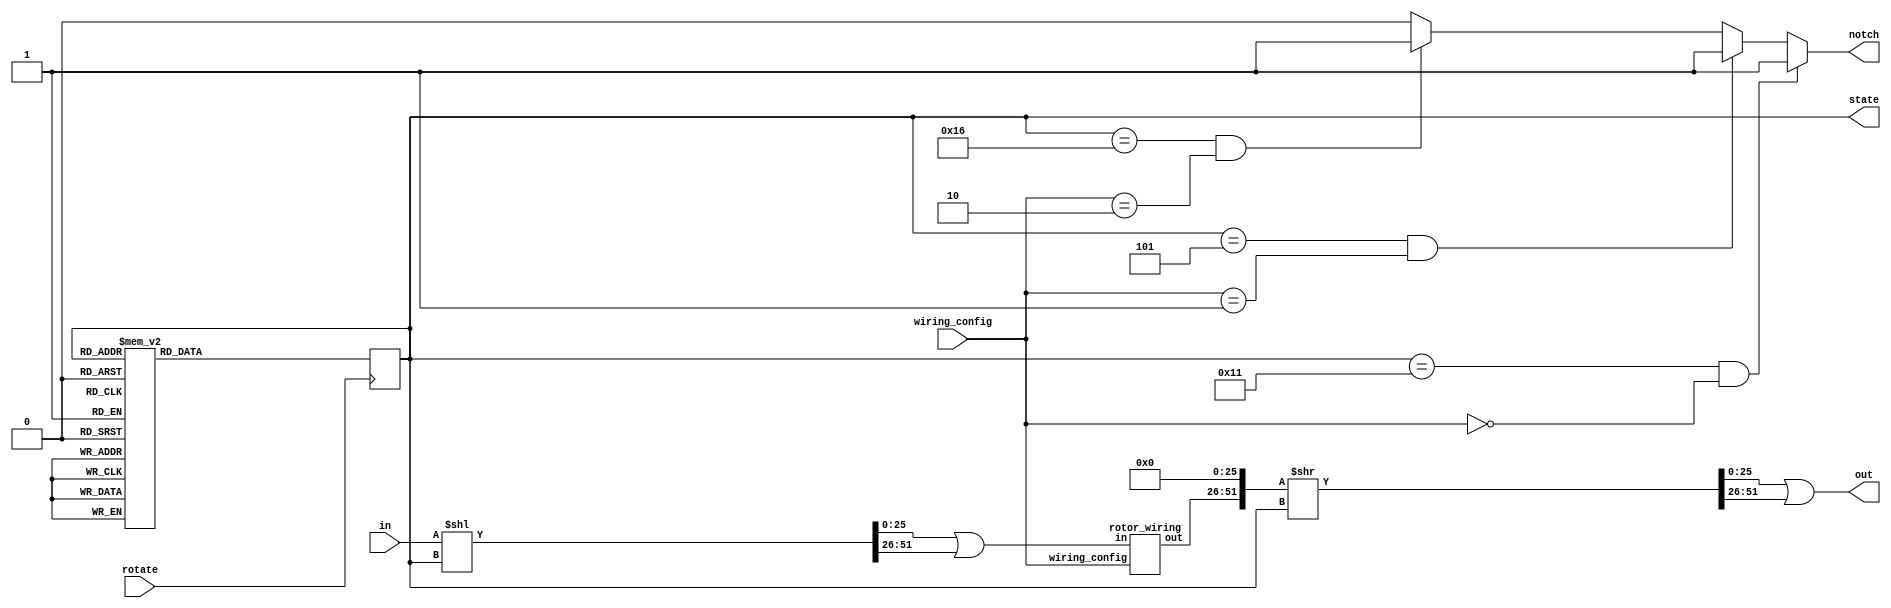
module rotor (in, out, rotate, notch, wiring_config, state);
	input wire [25:0]in;
	input [2:0]wiring_config; // Rotor I: 000, Rotor II: 001, Rotor III: 010, No Encryption: 011. 1xx for reverse
	input rotate;
	output reg notch;
	output wire [25:0]out;
	output [4:0]state;

	localparam A = 5'd0, B = 5'd1, C = 5'd2, D = 5'd3, E = 5'd4, F = 5'd5, G = 5'd6, H = 5'd7, I = 5'd8, J = 5'd9, K = 5'd10, L = 5'd11, M = 5'd12, N = 5'd13, 
			O = 5'd14, P = 5'd15, Q = 5'd16, R = 5'd17, S = 5'd18, T = 5'd19, U = 5'd20, V = 5'd21, W = 5'd22, X = 5'd23, Y = 5'd24, Z = 5'd25;

	reg [4:0]curr_position;
	wire [51:0]offseti;
	wire [51:0]offseto;
	wire [25:0]out2;
	assign offseti = ({26'b0,in[25:0]} << curr_position);
	assign offseto = {out2[25:0],26'b0} >> curr_position;
	assign out[25:0] = (offseto[25:0] | offseto[51:26]);
	assign state = curr_position;

	initial begin
		notch <= 0;
		curr_position <= A;
	end

	rotor_wiring w1(.in(offseti[25:0] | offseti[51:26]), .out(out2[25:0]), .wiring_config(wiring_config[2:0]));

	always @(posedge rotate) // Rotational position of the rotor, not to be confused with ringsetting. 
	begin: state_table
		case(curr_position)
		A: curr_position = B;
		B: curr_position = C;
		C: curr_position = D;
		D: curr_position = E;
		E: curr_position = F;
		F: curr_position = G;
		G: curr_position = H;
		H: curr_position = I;
		I: curr_position = J;
		J: curr_position = K;
		K: curr_position = L;
		L: curr_position = M;
		M: curr_position = N;
		N: curr_position = O;
		O: curr_position = P;
		P: curr_position = Q;
		Q: curr_position = R;
		R: curr_position = S;
		S: curr_position = T;
		T: curr_position = U;
		U: curr_position = V;
		V: curr_position = W;
		W: curr_position = X;
		X: curr_position = Y;
		Y: curr_position = Z;
		Z: curr_position = A;
		default: curr_position = A;
		endcase
	end

	always @(*) // Notch for next rotor's turnover, based on rotor#
	begin
		if (curr_position == R && wiring_config == 3'b000)
			notch <= 1;
		else if (curr_position == F && wiring_config == 3'b001)
			notch <= 1;
		else if (curr_position == W && wiring_config == 3'b010)
			notch <= 1;
		else
			notch <= 0;
	end	
endmodule



module rotor_wiring (in, out, wiring_config);
	input wire [25:0]in;
	input [2:0]wiring_config; 
	output wire [25:0]out;

	localparam I = 3'b000, II = 3'b001, III = 3'b010, rI = 3'b100, rII = 3'b101, rIII = 3'b110;

	assign out[0] = wiring_config == I ? in[20] : wiring_config == II ? in[0] : wiring_config == III ? in[19] : wiring_config == rI ? in[4] : wiring_config == rII ? in[0] : wiring_config == rIII ? in[1] : in[0];
	assign out[1] = wiring_config == I ? in[22] : wiring_config == II ? in[9] : wiring_config == III ? in[0] : wiring_config == rI ? in[10] : wiring_config == rII ? in[9] : wiring_config == rIII ? in[3] : in[1];
	assign out[2] = wiring_config == I ? in[24] : wiring_config == II ? in[15] : wiring_config == III ? in[6] : wiring_config == rI ? in[12] : wiring_config == rII ? in[3] : wiring_config == rIII ? in[5] : in[2];
	assign out[3] = wiring_config == I ? in[6] : wiring_config == II ? in[2] : wiring_config == III ? in[1] : wiring_config == rI ? in[5] : wiring_config == rII ? in[10] : wiring_config == rIII ? in[7] : in[3];
	assign out[4] = wiring_config == I ? in[0] : wiring_config == II ? in[25] : wiring_config == III ? in[15] : wiring_config == rI ? in[11] : wiring_config == rII ? in[18] : wiring_config == rIII ? in[9] : in[4];
	assign out[5] = wiring_config == I ? in[3] : wiring_config == II ? in[22] : wiring_config == III ? in[2] : wiring_config == rI ? in[6] : wiring_config == rII ? in[8] : wiring_config == rIII ? in[11] : in[5];
	assign out[6] = wiring_config == I ? in[5] : wiring_config == II ? in[17] : wiring_config == III ? in[18] : wiring_config == rI ? in[3] : wiring_config == rII ? in[17] : wiring_config == rIII ? in[2] : in[6];
	assign out[7] = wiring_config == I ? in[15] : wiring_config == II ? in[11] : wiring_config == III ? in[3] : wiring_config == rI ? in[16] : wiring_config == rII ? in[20] : wiring_config == rIII ? in[15] : in[7];
	assign out[8] = wiring_config == I ? in[21] : wiring_config == II ? in[5] : wiring_config == III ? in[16] : wiring_config == rI ? in[21] : wiring_config == rII ? in[23] : wiring_config == rIII ? in[17] : in[8];
	assign out[9] = wiring_config == I ? in[25] : wiring_config == II ? in[1] : wiring_config == III ? in[4] : wiring_config == rI ? in[25] : wiring_config == rII ? in[1] : wiring_config == rIII ? in[19] : in[9];
	assign out[10] = wiring_config == I ? in[1] : wiring_config == II ? in[3] : wiring_config == III ? in[20] : wiring_config == rI ? in[13] : wiring_config == rII ? in[11] : wiring_config == rIII ? in[23] : in[10];
	assign out[11] = wiring_config == I ? in[4] : wiring_config == II ? in[10] : wiring_config == III ? in[5] : wiring_config == rI ? in[19] : wiring_config == rII ? in[7] : wiring_config == rIII ? in[21] : in[11];
	assign out[12] = wiring_config == I ? in[2] : wiring_config == II ? in[14] : wiring_config == III ? in[21] : wiring_config == rI ? in[14] : wiring_config == rII ? in[22] : wiring_config == rIII ? in[25] : in[12];
	assign out[13] = wiring_config == I ? in[10] : wiring_config == II ? in[19] : wiring_config == III ? in[13] : wiring_config == rI ? in[22] : wiring_config == rII ? in[19] : wiring_config == rIII ? in[13] : in[13];
	assign out[14] = wiring_config == I ? in[12] : wiring_config == II ? in[24] : wiring_config == III ? in[25] : wiring_config == rI ? in[24] : wiring_config == rII ? in[12] : wiring_config == rIII ? in[24] : in[14];
	assign out[15] = wiring_config == I ? in[19] : wiring_config == II ? in[20] : wiring_config == III ? in[7] : wiring_config == rI ? in[7] : wiring_config == rII ? in[2] : wiring_config == rIII ? in[4] : in[15];
	assign out[16] = wiring_config == I ? in[7] : wiring_config == II ? in[16] : wiring_config == III ? in[24] : wiring_config == rI ? in[23] : wiring_config == rII ? in[16] : wiring_config == rIII ? in[8] : in[16];
	assign out[17] = wiring_config == I ? in[23] : wiring_config == II ? in[6] : wiring_config == III ? in[8] : wiring_config == rI ? in[20] : wiring_config == rII ? in[6] : wiring_config == rIII ? in[22] : in[17];
	assign out[18] = wiring_config == I ? in[18] : wiring_config == II ? in[4] : wiring_config == III ? in[23] : wiring_config == rI ? in[18] : wiring_config == rII ? in[25] : wiring_config == rIII ? in[6] : in[18];
	assign out[19] = wiring_config == I ? in[11] : wiring_config == II ? in[13] : wiring_config == III ? in[9] : wiring_config == rI ? in[15] : wiring_config == rII ? in[13] : wiring_config == rIII ? in[0] : in[19];
	assign out[20] = wiring_config == I ? in[17] : wiring_config == II ? in[7] : wiring_config == III ? in[22] : wiring_config == rI ? in[0] : wiring_config == rII ? in[15] : wiring_config == rIII ? in[10] : in[20];
	assign out[21] = wiring_config == I ? in[8] : wiring_config == II ? in[23] : wiring_config == III ? in[11] : wiring_config == rI ? in[8] : wiring_config == rII ? in[24] : wiring_config == rIII ? in[12] : in[21];
	assign out[22] = wiring_config == I ? in[13] : wiring_config == II ? in[12] : wiring_config == III ? in[17] : wiring_config == rI ? in[1] : wiring_config == rII ? in[5] : wiring_config == rIII ? in[20] : in[22];
	assign out[23] = wiring_config == I ? in[16] : wiring_config == II ? in[8] : wiring_config == III ? in[10] : wiring_config == rI ? in[17] : wiring_config == rII ? in[21] : wiring_config == rIII ? in[18] : in[23];
	assign out[24] = wiring_config == I ? in[14] : wiring_config == II ? in[21] : wiring_config == III ? in[14] : wiring_config == rI ? in[2] : wiring_config == rII ? in[14] : wiring_config == rIII ? in[16] : in[24];
	assign out[25] = wiring_config == I ? in[9] : wiring_config == II ? in[18] : wiring_config == III ? in[12] : wiring_config == rI ? in[9] : wiring_config == rII ? in[4] : wiring_config == rIII ? in[14] : in[25];
	
	/*
	always@(*)
	begin
		if (wiring_config == 3'b000)
		begin
			out[4] <= in[0];
			out[10] <= in[1];
			out[12] <= in[2];
			out[5] <= in[3];
			out[11] <= in[4];
			out[6] <= in[5];
			out[3] <= in[6];
			out[16] <= in[7];
			out[21] <= in[8];
			out[25] <= in[9];
			out[13] <= in[10];
			out[19] <= in[11];
			out[14] <= in[12];
			out[22] <= in[13];
			out[24] <= in[14];
			out[7] <= in[15];
			out[23] <= in[16];
			out[20] <= in[17];
			out[18] <= in[18];
			out[15] <= in[19];
			out[0] <= in[20];
			out[8] <= in[21];
			out[1] <= in[22];
			out[17] <= in[23];
			out[2] <= in[24];
			out[9] <= in[25];
		end
		else if (wiring_config == 3'b001)
		begin
			out[0] <= in[0];
			out[9] <= in[1];
			out[3] <= in[2];
			out[10] <= in[3];
			out[18] <= in[4];
			out[8] <= in[5];
			out[17] <= in[6];
			out[20] <= in[7];
			out[23] <= in[8];
			out[1] <= in[9];
			out[11] <= in[10];
			out[7] <= in[11];
			out[22] <= in[12];
			out[19] <= in[13];
			out[12] <= in[14];
			out[2] <= in[15];
			out[16] <= in[16];
			out[6] <= in[17];
			out[25] <= in[18];
			out[13] <= in[19];
			out[15] <= in[20];
			out[24] <= in[21];
			out[5] <= in[22];
			out[21] <= in[23];
			out[14] <= in[24];
			out[4] <= in[25];
		end
		else if (wiring_config == 3'b010)
		begin
			out[1] <= in[0];
			out[3] <= in[1];
			out[5] <= in[2];
			out[7] <= in[3];
			out[9] <= in[4];
			out[11] <= in[5];
			out[2] <= in[6];
			out[15] <= in[7];
			out[17] <= in[8];
			out[19] <= in[9];
			out[23] <= in[10];
			out[21] <= in[11];
			out[25] <= in[12];
			out[13] <= in[13];
			out[24] <= in[14];
			out[4] <= in[15];
			out[8] <= in[16];
			out[22] <= in[17];
			out[6] <= in[18];
			out[0] <= in[19];
			out[10] <= in[20];
			out[12] <= in[21];
			out[20] <= in[22];
			out[18] <= in[23];
			out[16] <= in[24];
			out[14] <= in[25];
		end
		else if (wiring_config == 3'b100)
		begin
			out[0] <= in[4];
			out[1] <= in[10];
			out[2] <= in[12];
			out[3] <= in[5];
			out[4] <= in[11];
			out[5] <= in[6];
			out[6] <= in[3];
			out[7] <= in[16];
			out[8] <= in[21];
			out[9] <= in[25];
			out[10] <= in[13];
			out[11] <= in[19];
			out[12] <= in[14];
			out[13] <= in[22];
			out[14] <= in[24];
			out[15] <= in[7];
			out[16] <= in[23];
			out[17] <= in[20];
			out[18] <= in[18];
			out[19] <= in[15];
			out[20] <= in[0];
			out[21] <= in[8];
			out[22] <= in[1];
			out[23] <= in[17];
			out[24] <= in[2];
			out[25] <= in[9];
		end
		else if (wiring_config == 3'b101)
		begin
			out[0] <= in[0];
			out[1] <= in[9];
			out[2] <= in[3];
			out[3] <= in[10];
			out[4] <= in[18];
			out[5] <= in[8];
			out[6] <= in[17];
			out[7] <= in[20];
			out[8] <= in[23];
			out[9] <= in[1];
			out[10] <= in[11];
			out[11] <= in[7];
			out[12] <= in[22];
			out[13] <= in[19];
			out[14] <= in[12];
			out[15] <= in[2];
			out[16] <= in[16];
			out[17] <= in[6];
			out[18] <= in[25];
			out[19] <= in[13];
			out[20] <= in[15];
			out[21] <= in[24];
			out[22] <= in[5];
			out[23] <= in[21];
			out[24] <= in[14];
			out[25] <= in[4];
		end
		else if (wiring_config == 3'b110)
		begin
			out[0] <= in[1];
			out[1] <= in[3];
			out[2] <= in[5];
			out[3] <= in[7];
			out[4] <= in[9];
			out[5] <= in[11];
			out[6] <= in[2];
			out[7] <= in[15];
			out[8] <= in[17];
			out[9] <= in[19];
			out[10] <= in[23];
			out[11] <= in[21];
			out[12] <= in[25];
			out[13] <= in[13];
			out[14] <= in[24];
			out[15] <= in[4];
			out[16] <= in[8];
			out[17] <= in[22];
			out[18] <= in[6];
			out[19] <= in[0];
			out[20] <= in[10];
			out[21] <= in[12];
			out[22] <= in[20];
			out[23] <= in[18];
			out[24] <= in[16];
			out[25] <= in[14];
		end
		else
		begin
			out[0] <= in[0];
			out[1] <= in[1];
			out[2] <= in[2];
			out[3] <= in[3];
			out[4] <= in[4];
			out[5] <= in[5];
			out[6] <= in[6];
			out[7] <= in[7];
			out[8] <= in[8];
			out[9] <= in[9];
			out[10] <= in[10];
			out[11] <= in[11];
			out[12] <= in[12];
			out[13] <= in[13];
			out[14] <= in[14];
			out[15] <= in[15];
			out[16] <= in[16];
			out[17] <= in[17];
			out[18] <= in[18];
			out[19] <= in[19];
			out[20] <= in[20];
			out[21] <= in[21];
			out[22] <= in[22];
			out[23] <= in[23];
			out[24] <= in[24];
			out[25] <= in[25];
		end
	end 
	*/
endmodule